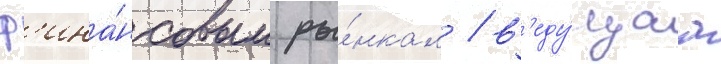
ф'ина́нсовым ры́нкам / в'еду́щаа